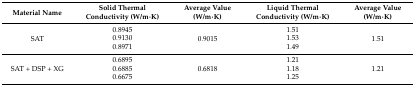
| Material Name | Solid Thermal Conductivity (W/m·K) | Average Value (W/m·K) | Liquid Thermal Conductivity (W/m·K) | Average Value (W/m·K) |
 | --- | --- | --- | --- | --- |
 | <ROWSPAN=3> SAT | 0.8945 | <ROWSPAN=3> 0.9015 | 1.51 | <ROWSPAN=3> 1.51 |
 | 0.9130 | 1.53 |
 | 0.8971 | 1.49 |
 | <ROWSPAN=3> SAT + DSP + XG | 0.6895 | <ROWSPAN=3> 0.6818 | 1.21 | <ROWSPAN=3> 1.21 |
 | 0.6885 | 1.18 |
 | 0.6675 | 1.25 |